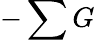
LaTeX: -\sum G